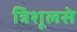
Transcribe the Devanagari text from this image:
त्रिशूलसे